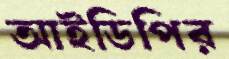
আইডিপির